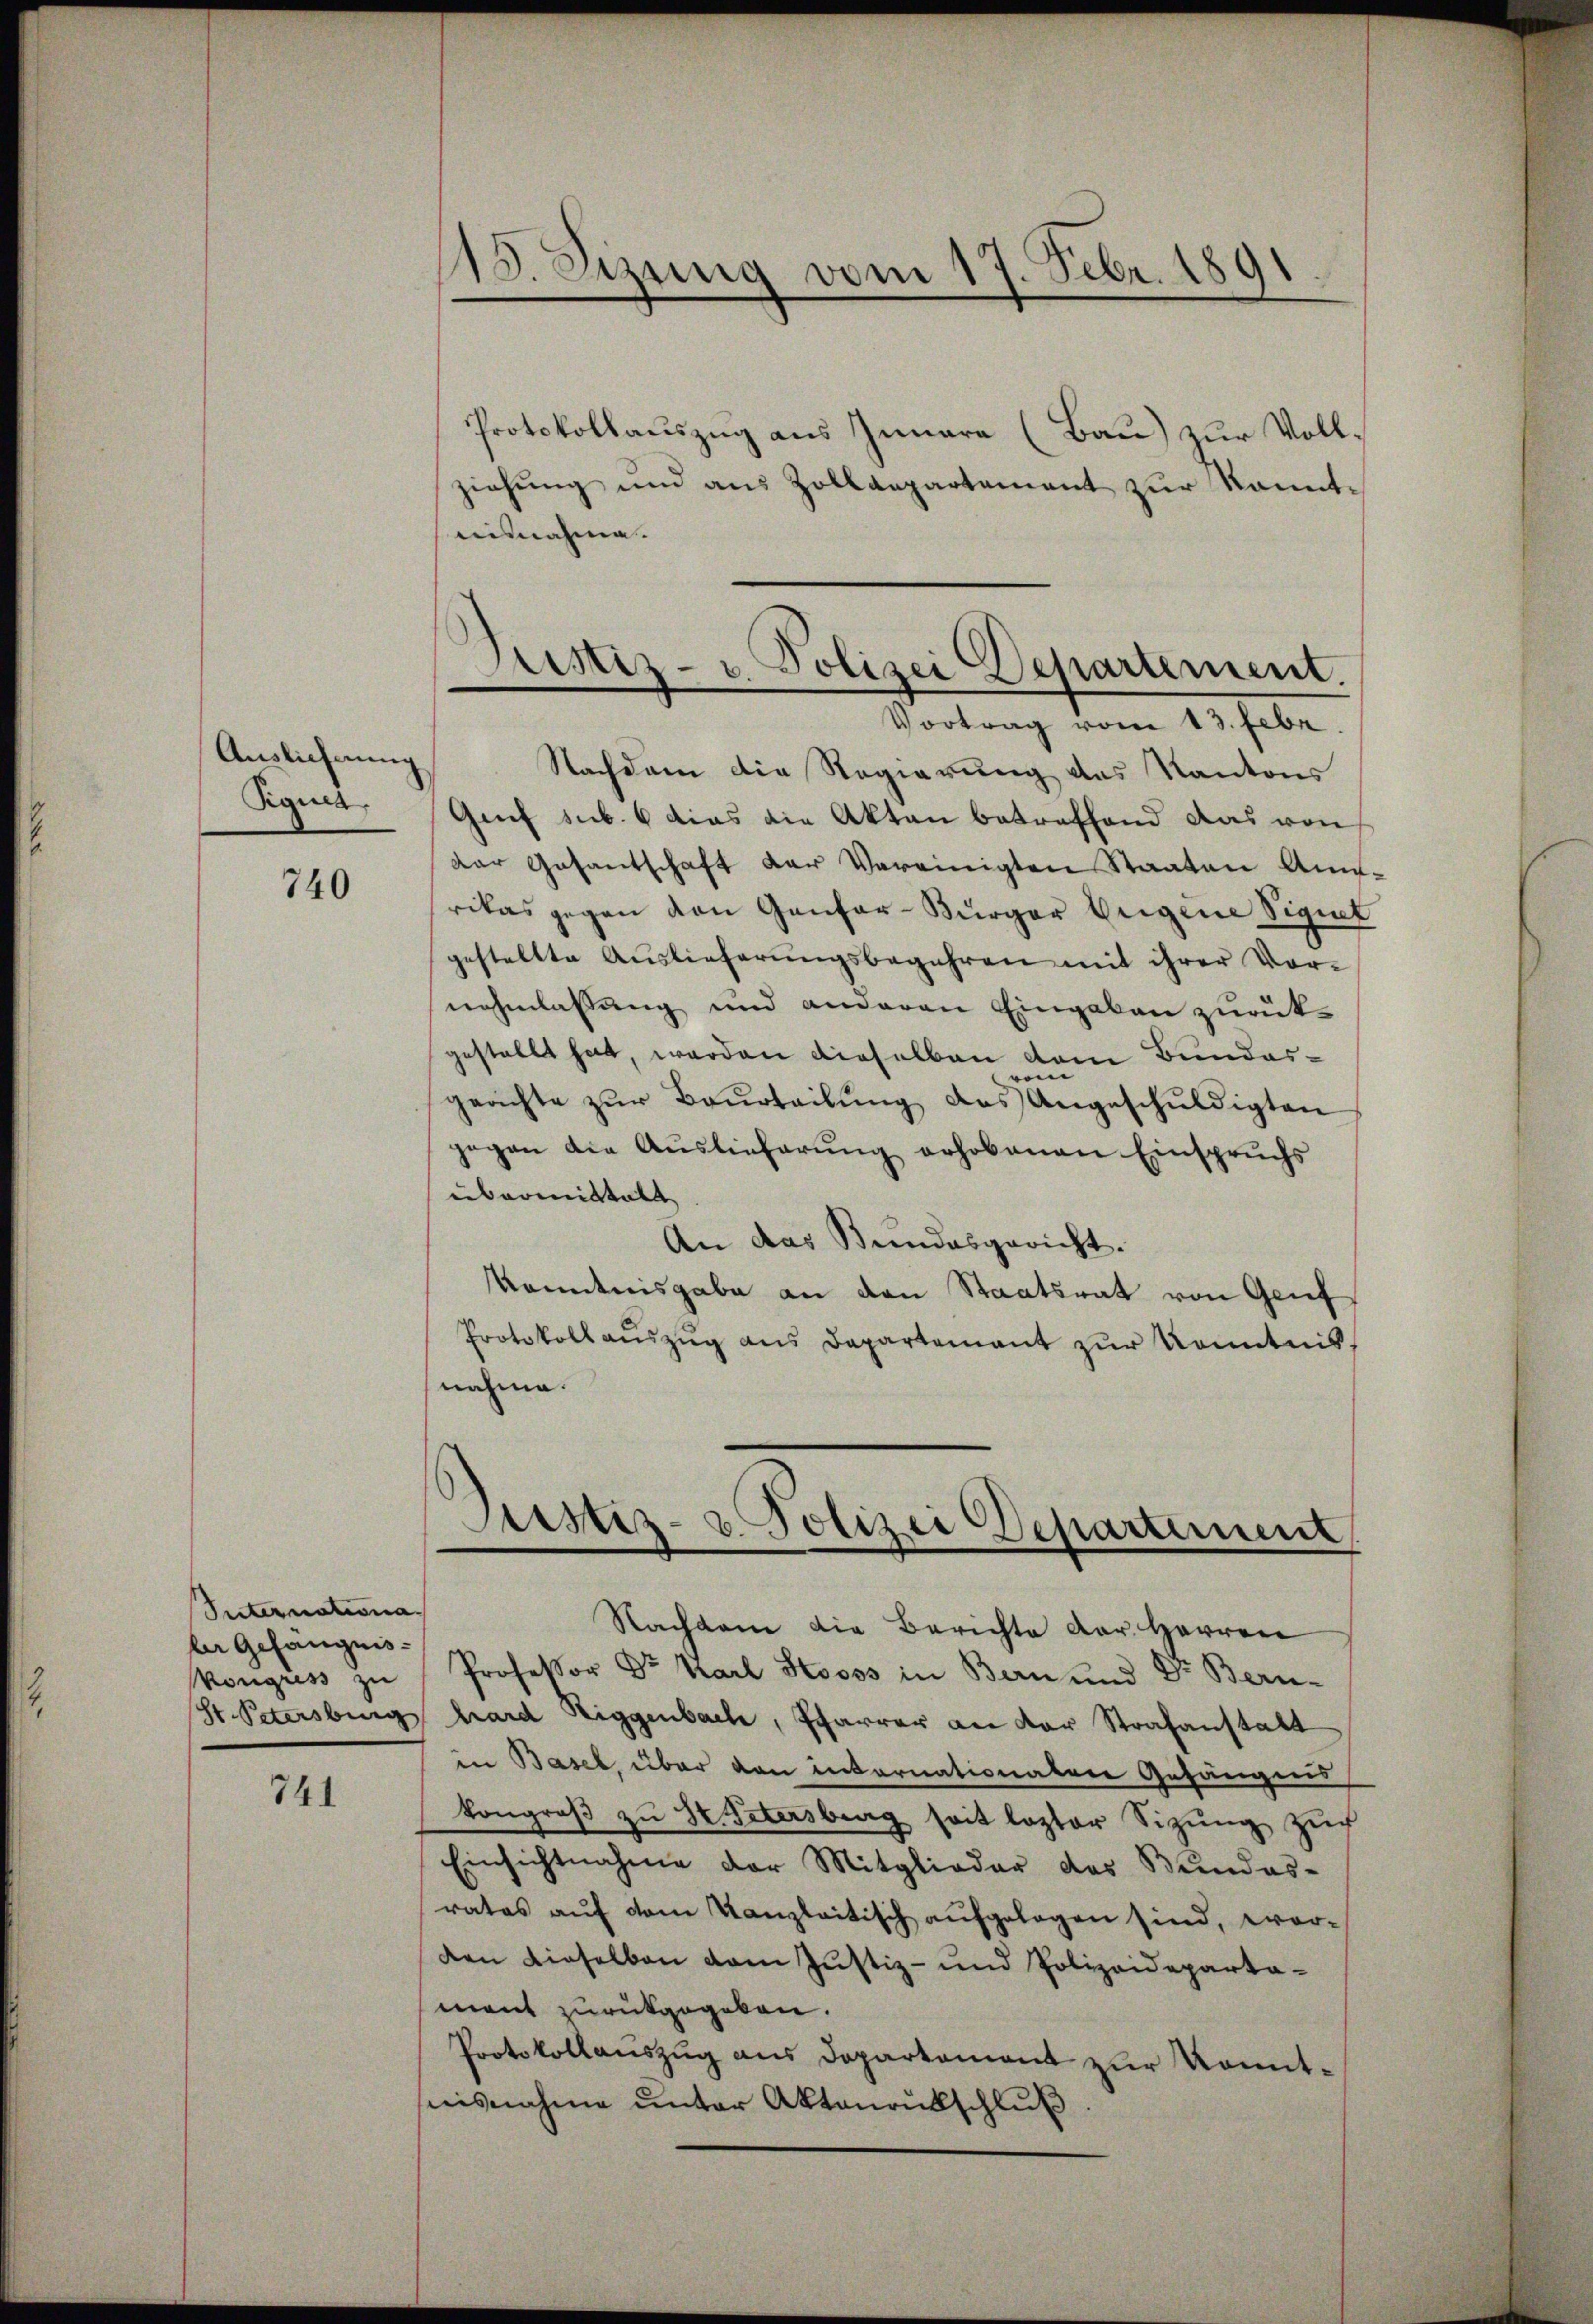
Auslieferung
Sigis

740

Suternationa
ler Gefängnis
Vonguss zu

741

Protokollauszug aus Innara (Bau) zur Vollziehung und aus Zolldepartement zur kanntaisnahme.
Nachdem die Regierung das Kantons
Grif sub. 6 dies die Akten betreffend das von
Der Gesantschaft der Vereinigten Staaten An-
rikas gegen den Genfor-Bürger Weigene Signet
gestellte Aŭslieferŭngsbegehren mit ihrer Vor-
nehmlassung und anderen Eingaben zurückgestellt hat, werden dieselben dem Bundese
wo
geachte zŭr Beurteilŭng des Angeschŭldigten
gegen die Aŭslieferŭng erhobenen Einsprŭchs
übermittelt
An das Bundesgericht.
Konntnisgabe an den Staatsrat von Genf
Protokoll aŭszŭg ans Departement zŭr konntnis,
nahme.
Justiz- & Polizei Departement
Nachdem die Berichte der Herren
Professor Dr. Karl Stooss in Bern und Dr. Bern-
St. Petersburg hard Riggenbach, Pfarrer an der Strafanstalt
in Basel, über den internationatrie Gefängnis
kongroβ zŭ St. Petersberg seit lezter Sitzŭng Zŭch
Einsichtnahme der Mitglieder des Bŭndes-
rates aŭf dem Kanzleitisch aufgelegen sind, worden dieselben vom Justiz- und Polizeideparta-
mant zurükgegeben.
Protokollauszug aus Departement zur Kenntnisnahme unter Aktenrutschluß

12. Jezung vom 17. Febr. 1891

Justiz- u. Polizei Departement.
Vortrag vom 13. Febr.